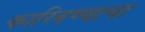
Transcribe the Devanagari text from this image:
कारिवण्याचा